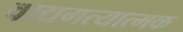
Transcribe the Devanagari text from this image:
वाद्यगत्यात्मक